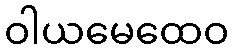
ဝါယမေထေဝ